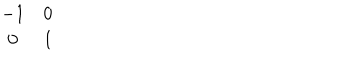
\begin{array} { c c } { { - 1 } } & { { 0 } } \\ { { 0 } } & { { 1 } } \\ \end{array}